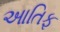
આતિફ